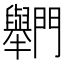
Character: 𨷶